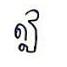
ឦ